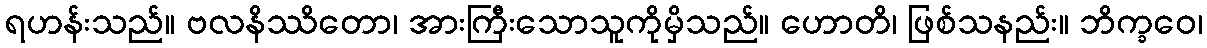
ရဟန်းသည်။ ဗလနိဿိတော၊ အားကြီးသောသူကိုမှိသည်။ ဟောတိ၊ ဖြစ်သနည်း။ ဘိက္ခဝေ၊